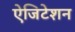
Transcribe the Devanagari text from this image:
ऐजिटेशन